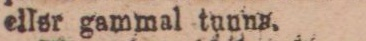
eller gammal tuuna.